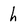
Character: h